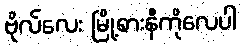
ဗိုလ်လေး မြို့စားနီကိုလေပါ